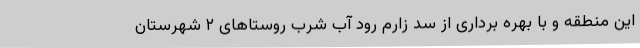
این منطقه و با بهره برداری از سد زارم رود آب شرب روستاهای ۲ شهرستان